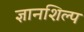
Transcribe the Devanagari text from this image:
ज्ञानशिल्प